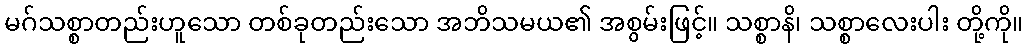
မဂ်သစ္စာတည်းဟူသော တစ်ခုတည်းသော အဘိသမယ၏ အစွမ်းဖြင့်။ သစ္စာနိ၊ သစ္စာလေးပါး တို့ကို။